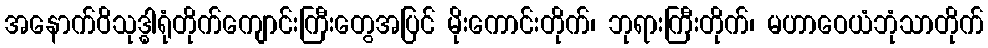
အနောက်ဝိသုဒ္ဓါရုံတိုက်ကျောင်းကြီးတွေအပြင် မိုးကောင်းတိုက်၊ ဘုရားကြီးတိုက်၊ မဟာဝေယံဘုံသာတိုက်